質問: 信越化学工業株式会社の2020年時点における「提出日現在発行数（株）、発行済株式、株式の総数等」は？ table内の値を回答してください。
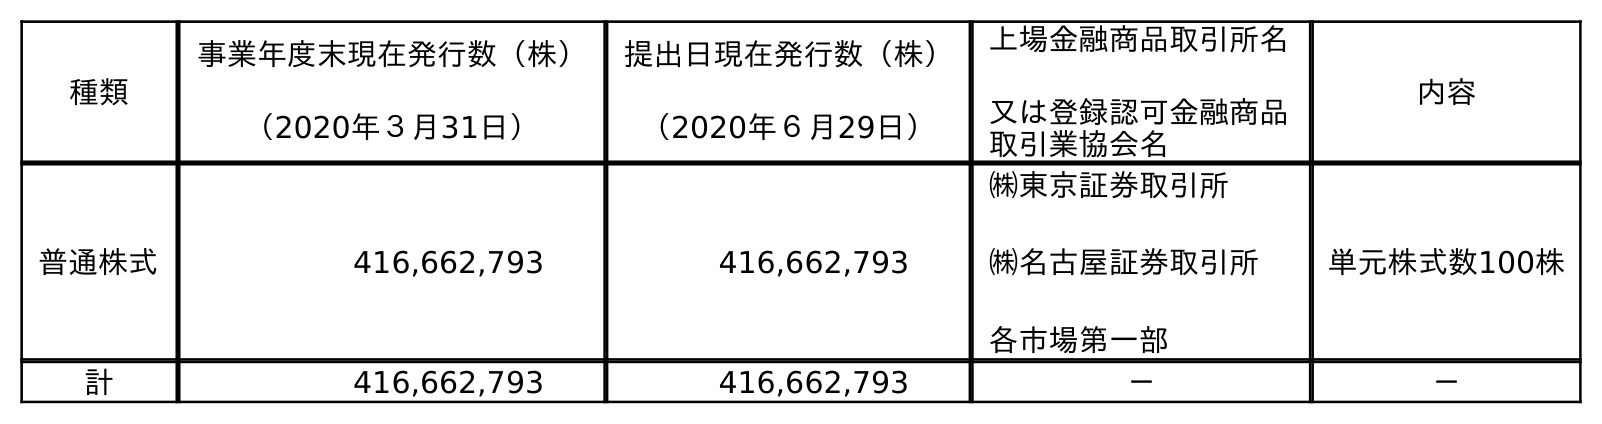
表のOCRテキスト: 種類 事業年度末現在発行数（株） （2020年３月31日） 提出日現在発行数（株） （2020年６月29日） 上場金融商品取引所名 又は登録認可金融商品 取引業協会名 内容 普通株式 416,662,793 416,662,793 ㈱東京証券取引所 ㈱名古屋証券取引所 各市場第一部 単元株式数100株 計 416,662,793 416,662,793 － －
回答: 416,662,793